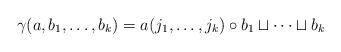
LaTeX: \begin{align*}\gamma(a,b_1,\dots,b_k)=a(j_1,\dots,j_k)\circ b_1\sqcup\dots\sqcup b_k\end{align*}